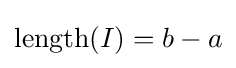
\operatorname {length} (I)=b-a